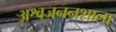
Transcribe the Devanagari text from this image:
अश्वजननशाला